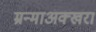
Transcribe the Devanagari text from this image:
म्रन्माअक्खरा